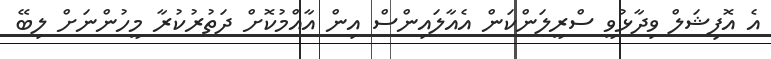
އެ އޮފިޝަލް ވިދާޅުވީ ސްރީލަންކަން އެއާލައިންސް އިން އާއްމުކޮށް ދަތުރުކުރާ މީހުންނަށް ލިބޭ